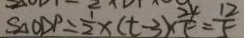
S _ { \Delta } O D P = \frac { 1 } { 2 } x ( t - 3 ) \times \frac { 2 4 } { 5 } = \frac { 1 2 } { 5 }